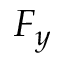
F _ { y }